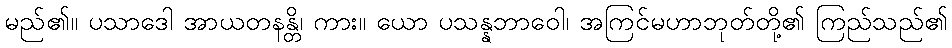
မည်၏။ ပသာဒေါ အာယတနန္တိ၊ ကား။ ယော ပသန္နဘာဝေါ၊ အကြင်မဟာဘုတ်တို့၏ ကြည်သည်၏